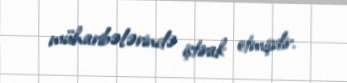
müharibələrində iştirak etmişdir.